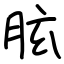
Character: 胘